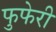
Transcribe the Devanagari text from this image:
फुफेरी